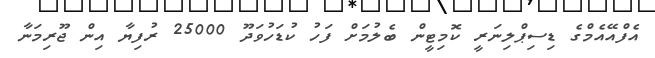
އެފްއޭއެމްގެ ޑިސިޕްލިނަރީ ކޮމިޓީން ބެލުމަށް ފަހު ކުޑަހުވަދޫ 25000 ރުފިޔާ އިން ޖޫރިމަނާ